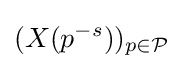
(X(p^{-s}))_{p\in {\mathcal {P}}}